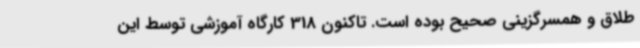
طلاق و همسرگزینی صحیح بوده است. تاکنون 318 کارگاه آموزشی توسط این